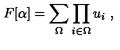
F [ \alpha ] = \sum _ { \Omega } \prod _ { i \in \Omega } u _ { i } \ ,